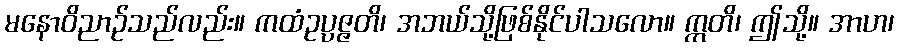
မနောဝိညာဉ်သည်လည်း။ ကထံဥပ္ပဇ္ဇတိ၊ အဘယ်သို့ဖြစ်နိုင်ပါသလော။ ဣတိ၊ ဤသို့။ အာဟ၊